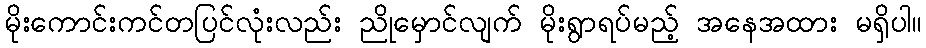
မိုးကောင်းကင်တပြင်လုံးလည်း ညိုမှောင်လျက် မိုးရွာရပ်မည့် အနေအထား မရှိပါ။